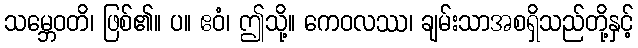
သမ္ဘေဝတိ၊ ဖြစ်၏။ ပ။ ဧဝံ၊ ဤသို့။ ကေဝလဿ၊ ချမ်းသာအစရှိသည်တို့နှင့်